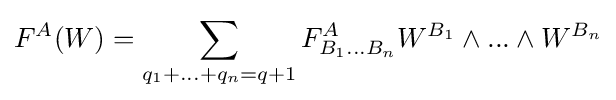
F^{A}(W)=\sum _{q_{1}+...+q_{n}=q+1}F_{B_{1}...B_{n}}^{A}W^{B_{1}}\wedge ...\wedge W^{B_{n}}